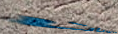
المجسات